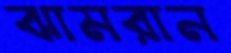
ঝামরান